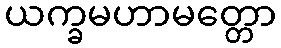
ယက္ခမဟာမတ္တော